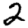
Digit: 2